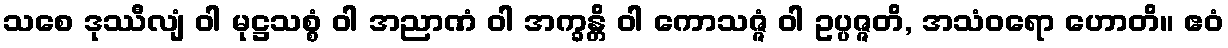
သစေ ဒုဿီလျံ ဝါ မုဋ္ဌသစ္စံ ဝါ အညာဏံ ဝါ အက္ခန္တိ ဝါ ကောသဇ္ဇံ ဝါ ဥပ္ပဇ္ဇတိ, အသံဝရော ဟောတိ။ ဧဝံ